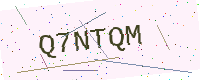
Text: Q7NTQM